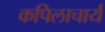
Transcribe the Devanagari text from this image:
कपिलाचार्य